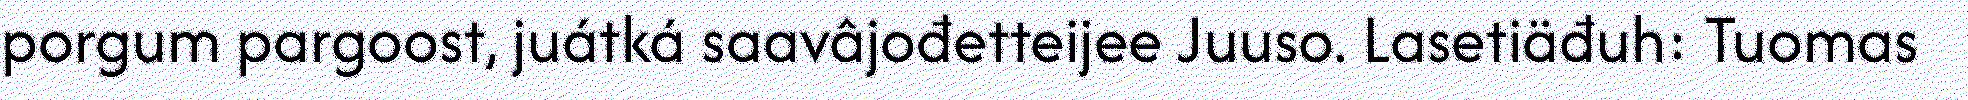
porgum pargoost, juátká saavâjođetteijee Juuso. Lasetiäđuh: Tuomas